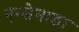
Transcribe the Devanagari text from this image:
एन्सेनाडा